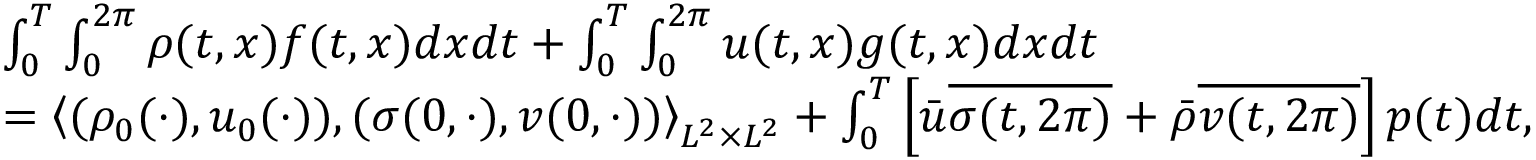
\begin{array} { r l } & { \int _ { 0 } ^ { T } \int _ { 0 } ^ { 2 \pi } \rho ( t , x ) f ( t , x ) d x d t + \int _ { 0 } ^ { T } \int _ { 0 } ^ { 2 \pi } u ( t , x ) g ( t , x ) d x d t } \\ & { = \left\langle ( \rho _ { 0 } ( \cdot ) , u _ { 0 } ( \cdot ) ) , ( \sigma ( 0 , \cdot ) , v ( 0 , \cdot ) ) \right\rangle _ { L ^ { 2 } \times L ^ { 2 } } + \int _ { 0 } ^ { T } \left[ \bar { u } \overline { { \sigma ( t , 2 \pi ) } } + \bar { \rho } \overline { { v ( t , 2 \pi ) } } \right] p ( t ) d t , } \end{array}